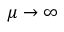
\mu \rightarrow \infty